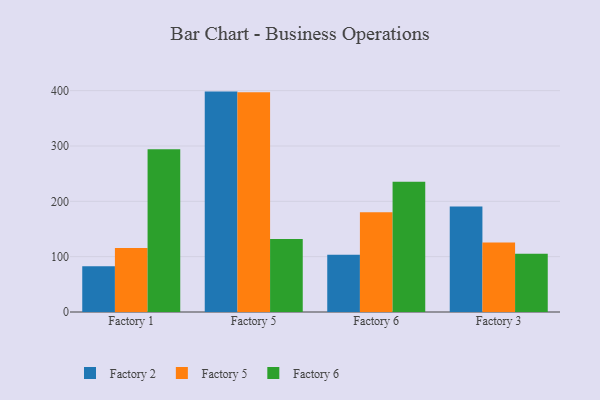
{"axis": {"x": "Factory", "y": "Bounce Rate (%)"}, "legend": ["Factory 2", "Factory 5", "Factory 6"], "data": [{"x": "Factory 1", "y": 82.5, "type": "Factory 2"}, {"x": "Factory 1", "y": 115.5, "type": "Factory 5"}, {"x": "Factory 1", "y": 294.3, "type": "Factory 6"}, {"x": "Factory 5", "y": 398.3, "type": "Factory 2"}, {"x": "Factory 5", "y": 397.0, "type": "Factory 5"}, {"x": "Factory 5", "y": 131.8, "type": "Factory 6"}, {"x": "Factory 6", "y": 103.3, "type": "Factory 2"}, {"x": "Factory 6", "y": 180.4, "type": "Factory 5"}, {"x": "Factory 6", "y": 235.2, "type": "Factory 6"}, {"x": "Factory 3", "y": 190.6, "type": "Factory 2"}, {"x": "Factory 3", "y": 125.8, "type": "Factory 5"}, {"x": "Factory 3", "y": 105.3, "type": "Factory 6"}]}